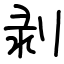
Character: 剥